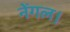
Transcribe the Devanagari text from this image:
नेंगल।